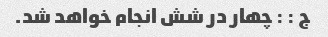
ج : : چهار در شش انجام خواهد شد.